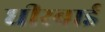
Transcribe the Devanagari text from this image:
धीरबाई